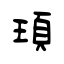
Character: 頊